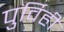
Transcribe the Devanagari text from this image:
पुर्विही